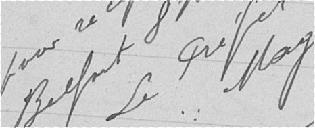
Vu pour récépissé et approuvé Belfort 8 Novembre 1818 Le Préfet  Signé  Mougel